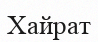
Хайрат